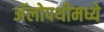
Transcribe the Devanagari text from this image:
अॅलोपथीमध्ये